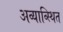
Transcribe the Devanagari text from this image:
अव्याव्स्थित